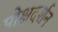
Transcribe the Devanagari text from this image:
मोक्षदर्शन